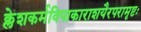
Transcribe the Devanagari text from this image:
क्लेशकर्मविपाकाराशयैरपरामृष्टः